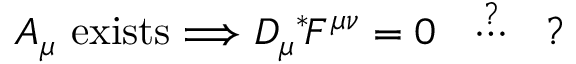
A _ { \mu } \mathrm { \ e x i s t s } \Longrightarrow D _ { \mu } \mathrm { } ^ { * } \! F ^ { \mu \nu } = 0 \ \ \stackrel { ? } { \cdots } \ \ ?